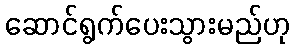
ဆောင်ရွက်ပေးသွားမည်ဟု